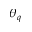
\theta _ { q }